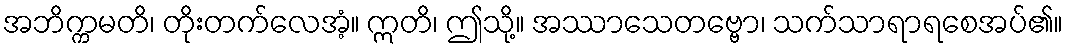
အဘိက္ကမတိ၊ တိုးတက်လေအံ့။ ဣတိ၊ ဤသို့။ အဿာသေတဗ္ဗော၊ သက်သာရာရစေအပ်၏။